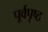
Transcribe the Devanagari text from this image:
पूर्वपृष्ठ